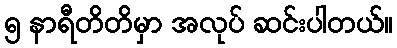
၅ နာရီတိတိမှာ အလုပ် ဆင်းပါတယ်။